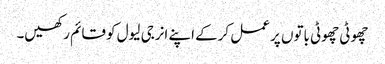
چھوٹی چھوٹی باتوں پر عمل کرکے اپنے انرجی لیول کو قائم رکھیں۔